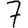
Digit: 7